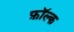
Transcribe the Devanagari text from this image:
फ़ॉल्क